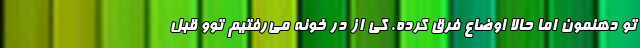
تو دهنمون اما حالا اوضاع فرق کرده. کِی از درِ خونه می‌رفتیم توو قبلِ